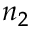
n _ { 2 }